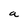
Character: a